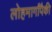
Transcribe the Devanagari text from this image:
लोहमार्गांपैकी